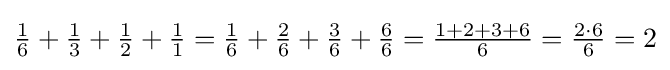
{\textstyle {\frac {1}{6}}+{\frac {1}{3}}+{\frac {1}{2}}+{\frac {1}{1}}={\frac {1}{6}}+{\frac {2}{6}}+{\frac {3}{6}}+{\frac {6}{6}}={\frac {1+2+3+6}{6}}={\frac {2\cdot 6}{6}}=2}